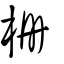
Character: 柵